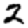
Digit: 2